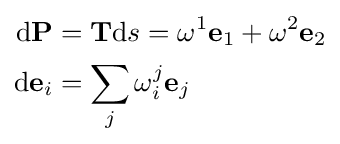
{\begin{aligned}\mathrm {d} \mathbf {P} &=\mathbf {T} \mathrm {d} s=\omega ^{1}\mathbf {e} _{1}+\omega ^{2}\mathbf {e} _{2}\\\mathrm {d} \mathbf {e} _{i}&=\sum _{j}\omega _{i}^{j}\mathbf {e} _{j}\end{aligned}}